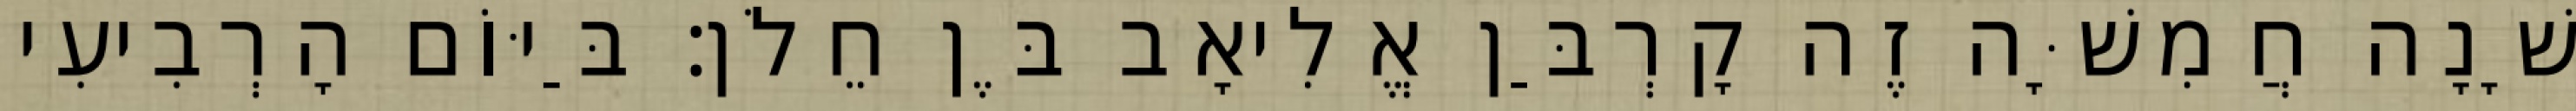
שָׁנָה חֲמִשָּׁה זֶה קָרְבַּן אֱלִיאָב בֶּן חֵלֹן׃ בַּיּוֹם הָרְבִיעִי